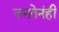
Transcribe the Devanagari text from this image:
जनतेनंही